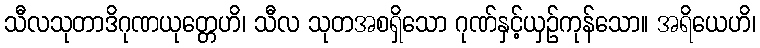
သီလသုတာဒိဂုဏယုတ္တေဟိ၊ သီလ သုတအစရှိသော ဂုဏ်နှင့်ယှဉ်ကုန်သော။ အရိယေဟိ၊